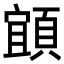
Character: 𩓧